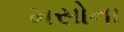
મસોના